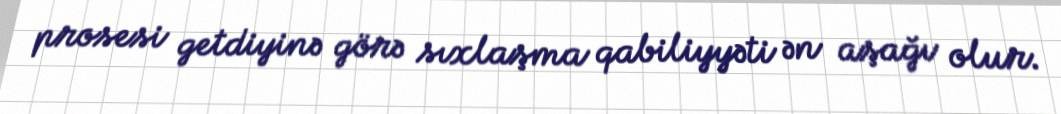
prosesi getdiyinə görə sıxlaşma qabiliyyəti ən aşağı olur.